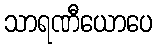
သာရဏီယောပေ